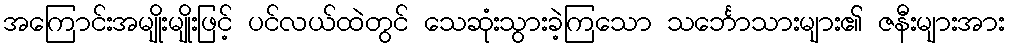
အကြောင်းအမျိုးမျိုးဖြင့် ပင်လယ်ထဲတွင် သေဆုံးသွားခဲ့ကြသော သင်္ဘောသားများ၏ ဇနီးများအား